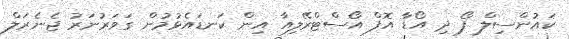
ކައުންސިލް ފޯ ދި އޯޑާ އޮފް އޯސްޓްރޭލިއާ އިން ކަނޑައެޅުމުން ގަވަރުނަރު ޖެނެރަލް